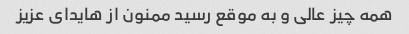
همه چیز عالی و به موقع رسید ممنون از هایدای عزیز